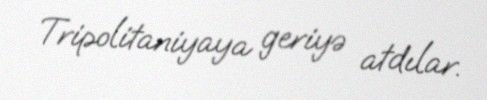
Tripolitaniyaya geriyə atdılar.